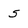
Character: 5